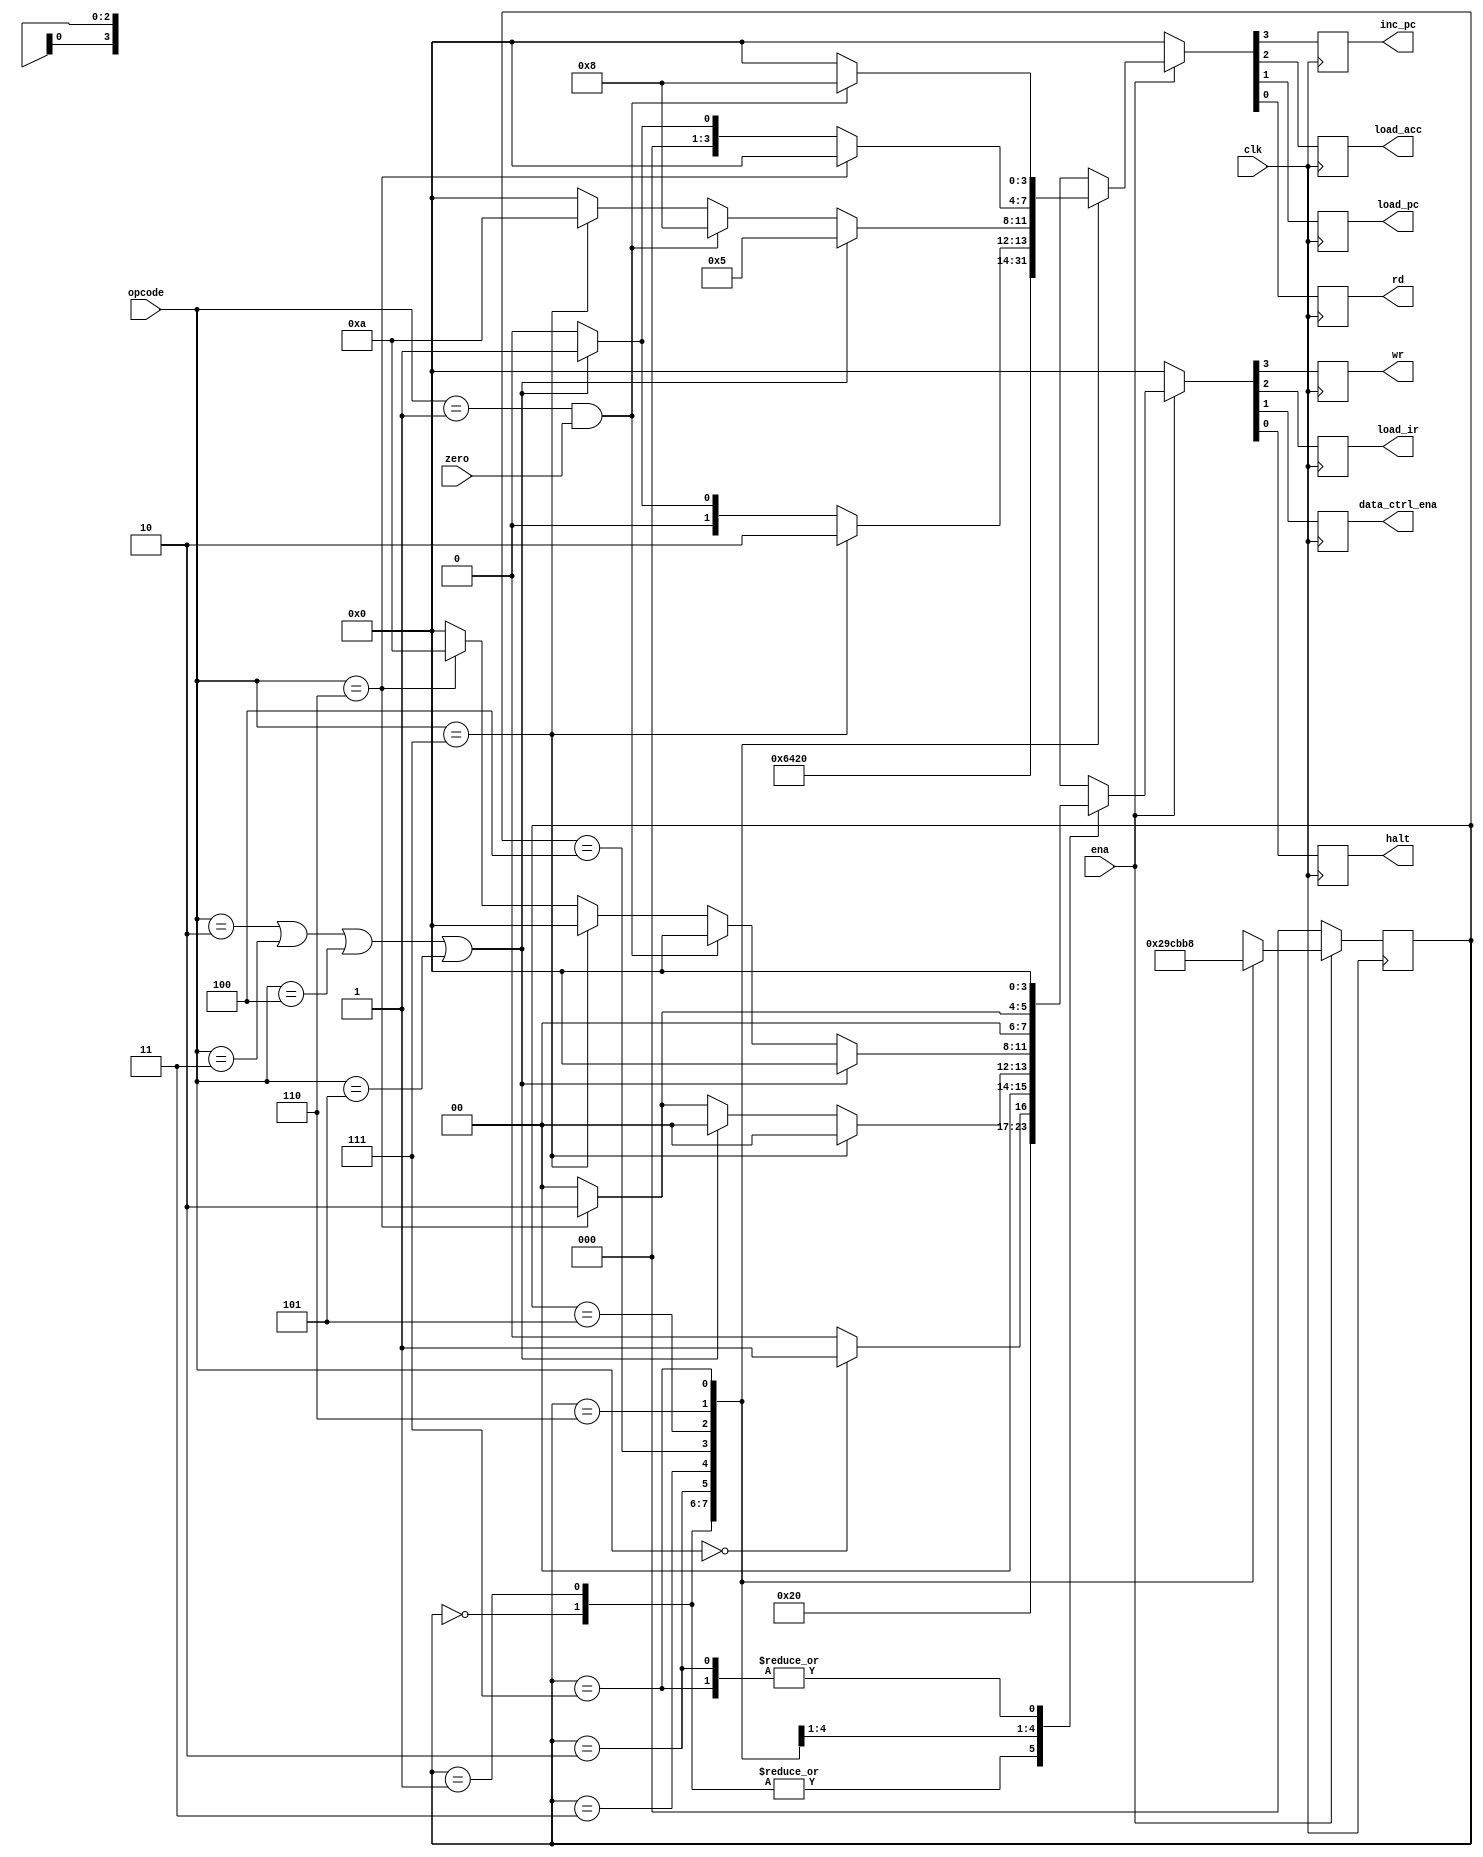
`timescale 1ns/1ns

// CPU
// 8
// 10CPUrdload_ir ROM8
// 21inc_pc01PC1ROM88
// 32
// 43PC1
// HLTHLT
// HLTPC10.
// 54
// ANDADDXORLDA
// JMP
// STO
// 65ANDDADDXORR
// LDA
// SKZ00PC1
// JMP
// STO
// (7)6
// (8)7SKZ0PC1PC


module machine (
    input               clk         ,
    input               ena         ,//contr_enamachine_ctrl
    input               zero        ,
    input   [2:0]       opcode      ,
    output  reg         inc_pc      ,//counterloadpc0pcaddr+1
    output  reg         load_acc    ,//accum
    output  reg         load_pc     ,//counter,
    output  reg         rd          ,
    output  reg         wr          ,
    output  reg         load_ir     ,//register ena
    output  reg         data_ctrl_ena   ,
    output  reg         halt         //         
);

    reg [2:0] state         ;

    parameter 
            HLT = 3'b000  ,//accum8
            SKZ = 3'b001  ,//
            ADD = 3'b010  ,//
            ANDD = 3'b011 ,//
            XORR = 3'b100 ,//
            LDA = 3'b101  ,//data
            STO = 3'b110  ,//accum
            JMP = 3'b111  ;//accum

    always @(posedge clk ) begin
        if (!ena) begin
            state <= 3'b000     ;
            {inc_pc,load_acc,load_pc,rd} <= 4'b0000     ;
            {wr,load_ir,data_ctrl_ena,halt} <= 4'b0000  ;
        end else begin
            clt_cycle   ;
        end
    end
    
    task clt_cycle;
        begin
            casex (state)
                //rd,load_irregisterrom
                3'b000: //load high 8bits in struction
                        begin
                            {inc_pc,load_acc,load_pc,rd} <= 4'b0001     ;
                            {wr,load_ir,data_ctrl_ena,halt} <= 4'b0100  ;
                            state <= 3'b001     ;
                        end
                //inc_pc,counterpc_addr + 1
                3'b001: //pc increased by one then load low 8bits instruction
                        begin
                            {inc_pc,load_acc,load_pc,rd} <= 4'b1001     ;
                            {wr,load_ir,data_ctrl_ena,halt} <= 4'b0100  ;
                            state <= 3'b010     ;
                        end
                //0
                3'b010: //idle
                        begin
                            {inc_pc,load_acc,load_pc,rd} <= 4'b0000     ;
                            {wr,load_ir,data_ctrl_ena,halt} <= 4'b0000  ;
                            state <= 3'b011     ;
                        end
                //HLTinc_pc,counterpc_addr + 1halt
                //HLTinc_pc,counterpc_addr + 1
                3'b011: 
                        begin
                            if (opcode == HLT) begin
                                {inc_pc,load_acc,load_pc,rd} <= 4'b1000     ;
                                {wr,load_ir,data_ctrl_ena,halt} <= 4'b0001  ;
                            end else begin
                                {inc_pc,load_acc,load_pc,rd} <= 4'b1000     ;
                                {wr,load_ir,data_ctrl_ena,halt} <= 4'b0000  ;
                            end
                            state <= 3'b100     ;
                        end
                // ANDADDXORLDA
                // JMP
                // STO
                3'b100: //
                        begin
                            if (opcode == JMP) begin
                                {inc_pc,load_acc,load_pc,rd} <= 4'b0010     ;//load_pc1incpc1
                                {wr,load_ir,data_ctrl_ena,halt} <= 4'b0000  ;
                            end else if (opcode == ADD || opcode == ANDD ||opcode ==XORR ||opcode == LDA) begin
                                {inc_pc,load_acc,load_pc,rd} <= 4'b0001     ;//
                                {wr,load_ir,data_ctrl_ena,halt} <= 4'b0000  ;
                            end else if (opcode == STO) begin
                                {inc_pc,load_acc,load_pc,rd} <= 4'b0000     ;//datactrldata=aluout
                                {wr,load_ir,data_ctrl_ena,halt} <= 4'b0010  ;
                            end else begin
                                {inc_pc,load_acc,load_pc,rd} <= 4'b0000     ;
                                {wr,load_ir,data_ctrl_ena,halt} <= 4'b0000  ;
                            end    
                            state <= 3'b101    ;      
                        end
                3'b101: //operation
                        begin
                            if (opcode == ADD || opcode == ANDD ||opcode ==XORR ||opcode == LDA) begin
                                {inc_pc,load_acc,load_pc,rd} <= 4'b0101     ;
                                {wr,load_ir,data_ctrl_ena,halt} <= 4'b0000  ;
                            end else if (opcode == SKZ && zero == 1) begin
                                {inc_pc,load_acc,load_pc,rd} <= 4'b1000     ;//pcaddr+1
                                {wr,load_ir,data_ctrl_ena,halt} <= 4'b0000  ;
                            end else if (opcode == JMP) begin
                                {inc_pc,load_acc,load_pc,rd} <= 4'b1010     ;//jumpload1pc_addr = ir_addr
                                {wr,load_ir,data_ctrl_ena,halt} <= 4'b0000  ;
                            end else if (opcode == STO) begin
                                {inc_pc,load_acc,load_pc,rd} <= 4'b0000     ;//wr = 1ramdata,ram
                                {wr,load_ir,data_ctrl_ena,halt} <= 4'b1010  ;//datactrldata=aluout
                            end else begin                                    
                                {inc_pc,load_acc,load_pc,rd} <= 4'b0000     ;
                                {wr,load_ir,data_ctrl_ena,halt} <= 4'b0000  ;
                            end   
                            state <= 3'b110    ;       
                        end
                3'b110: //operation
                        begin
                            if (opcode == STO) begin//STOenabledata=aluout
                                {inc_pc,load_acc,load_pc,rd} <= 4'b0000     ;
                                {wr,load_ir,data_ctrl_ena,halt} <= 4'b0010  ;
                            end else if (opcode == ADD || opcode == ANDD ||opcode ==XORR ||opcode == LDA) begin
                                {inc_pc,load_acc,load_pc,rd} <= 4'b0001     ;
                                {wr,load_ir,data_ctrl_ena,halt} <= 4'b0000  ;
                            end else begin
                                {inc_pc,load_acc,load_pc,rd} <= 4'b0000     ;
                                {wr,load_ir,data_ctrl_ena,halt} <= 4'b0000  ;
                            end
                            state <= 3'b111    ;       
                        end
                3'b111: //operation
                        begin
                            if (opcode == SKZ && zero == 1) begin
                                {inc_pc,load_acc,load_pc,rd} <= 4'b1000     ;
                                {wr,load_ir,data_ctrl_ena,halt} <= 4'b0000  ;
                            end else begin
                                {inc_pc,load_acc,load_pc,rd} <= 4'b0000     ;
                                {wr,load_ir,data_ctrl_ena,halt} <= 4'b0000  ;
                            end 
                            state <= 3'b000    ;      
                        end
                default:
                        begin
                            {inc_pc,load_acc,load_pc,rd} <= 4'b0000     ;
                            {wr,load_ir,data_ctrl_ena,halt} <= 4'b0000  ;
                            state <= 3'b000     ;
                        end 
            endcase
        end
    endtask
endmodule